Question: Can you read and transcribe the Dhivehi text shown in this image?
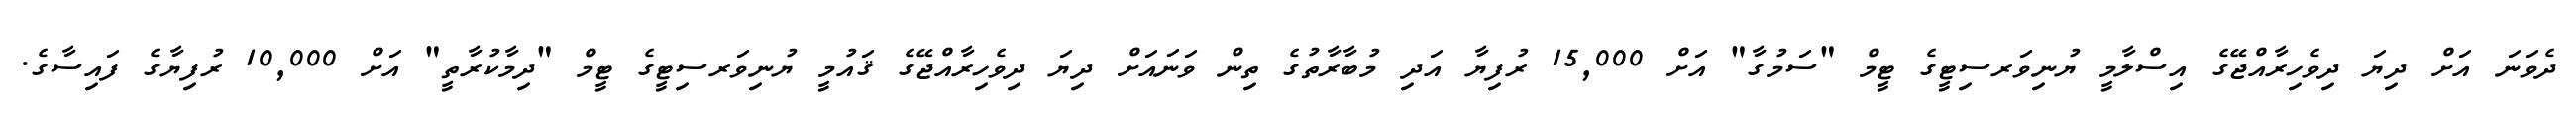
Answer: ދެވަނަ އަށް ދިޔަ ދިވެހިރާއްޖޭގެ އިސްލާމީ ޔުނިވަރސިޓީގެ ޓީމް "ސަމުގާ" އަށް 15,000 ރުފިޔާ އަދި މުބާރާތުގެ ތިން ވަނައަށް ދިޔަ ދިވެހިރާއްޖޭގެ ޤައުމީ ޔުނިވަރސިޓީގެ ޓީމް "ދިމާކުރާތީ" އަށް 10,000 ރުފިޔާގެ ފައިސާގެ.